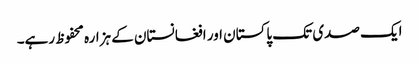
ایک صدی تک پاکستان اور افغانستان کے ہزارہ محفوظ رہے۔